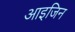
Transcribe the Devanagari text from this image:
आइजिन